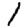
Digit: 1